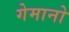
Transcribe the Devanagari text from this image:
गेमानो